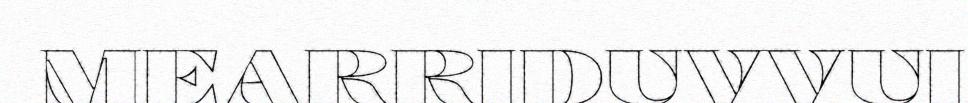
MEARRIDUVVUI